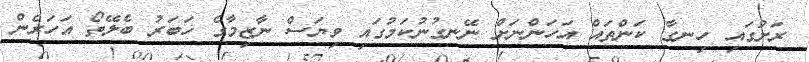
ރަށުގައި ހިނގާ ކަންތައް އަހަންނަށް ނޭނގުނުކަމުގައި ވިޔަސް ނާޒިމާގެ ޚަބަރު ބެލޭތޯ އަހަރެން